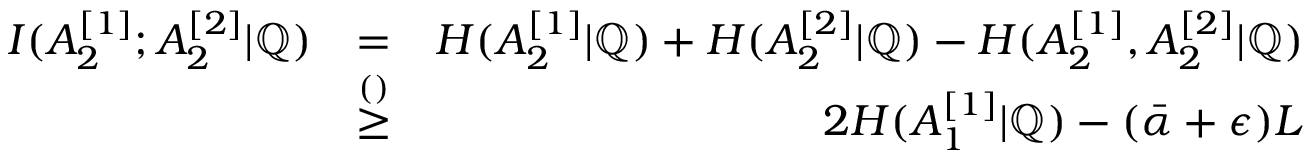
\begin{array} { r l r } { I ( A _ { 2 } ^ { [ 1 ] } ; A _ { 2 } ^ { [ 2 ] } | \mathbb { Q } ) } & { = } & { H ( A _ { 2 } ^ { [ 1 ] } | \mathbb { Q } ) + H ( A _ { 2 } ^ { [ 2 ] } | \mathbb { Q } ) - H ( A _ { 2 } ^ { [ 1 ] } , A _ { 2 } ^ { [ 2 ] } | \mathbb { Q } ) } \\ & { \overset { ( ) } { \geq } } & { 2 H ( A _ { 1 } ^ { [ 1 ] } | \mathbb { Q } ) - ( \bar { \alpha } + \epsilon ) L } \end{array}